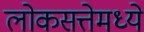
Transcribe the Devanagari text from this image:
लोकसत्तेमध्ये